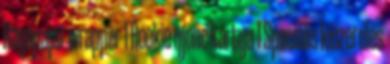
Rágópapír wrapper 1 Rookie újonc kártya 1 Speciális kiszerelés